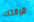
فرقتك